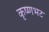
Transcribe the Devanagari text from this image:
कृष्णभट